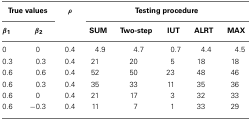
<table><thead><tr><td colspan="2"><b>True values</b></td><td><b>ρ</b></td><td colspan="5"><b>Testing procedure</b></td></tr><tr><td><b>β<sub>1</sub></b></td><td><b>β<sub>2</sub></b></td><td></td><td><b>SUM</b></td><td><b>Two-step</b></td><td><b>IUT</b></td><td><b>ALRT</b></td><td><b>MAX</b></td></tr></thead><tbody><tr><td>0</td><td>0</td><td>0.4</td><td>4.9</td><td>4.7</td><td>0.7</td><td>4.4</td><td>4.5</td></tr><tr><td>0.3</td><td>0.3</td><td>0.4</td><td>21</td><td>20</td><td>5</td><td>18</td><td>18</td></tr><tr><td>0.6</td><td>0.6</td><td>0.4</td><td>52</td><td>50</td><td>23</td><td>48</td><td>46</td></tr><tr><td>0.6</td><td>0.3</td><td>0.4</td><td>35</td><td>33</td><td>11</td><td>35</td><td>36</td></tr><tr><td>0.6</td><td>0</td><td>0.4</td><td>21</td><td>17</td><td>3</td><td>32</td><td>33</td></tr><tr><td>0.6</td><td>−0.3</td><td>0.4</td><td>11</td><td>7</td><td>1</td><td>33</td><td>29</td></tr></tbody></table>